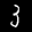
Label: 3